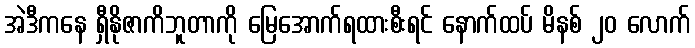
အဲဒီကနေ ရှီနိုဇာကိဘူတာကို မြေအောက်ရထားစီးရင် နောက်ထပ် မိနစ် ၂၀ လောက်